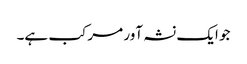
جو ایک نشہ آور مرکب ہے۔